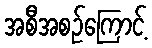
အစီအစဉ်ကြောင့်